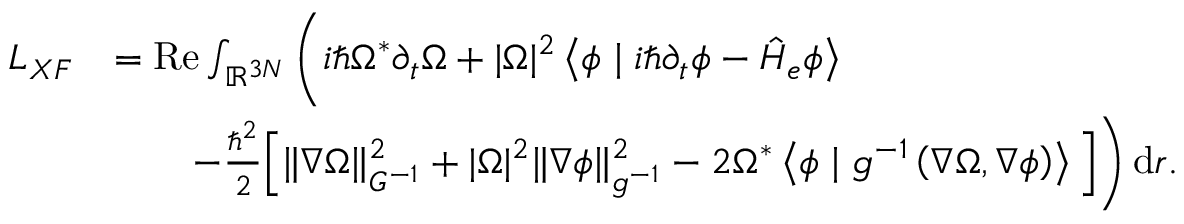
\begin{array} { r l } { L _ { X F } } & { = \operatorname { R e } \int _ { \ensuremath { \mathbb { R } } ^ { 3 N } } \Bigg ( i \hbar \Omega ^ { * } \partial _ { t } \Omega + | \Omega | ^ { 2 } \left\langle \phi \mid i \hbar \partial _ { t } \phi - \hat { H } _ { e } \phi \right\rangle } \\ & { \qquad - \frac { \hbar ^ { 2 } } { 2 } \Big [ \| \nabla \Omega \| _ { G ^ { - 1 } } ^ { 2 } + | \Omega | ^ { 2 } \| \nabla \phi \| _ { g ^ { - 1 } } ^ { 2 } - 2 \Omega ^ { * } \left\langle \phi \mid g ^ { - 1 } \left( \nabla \Omega , \nabla \phi \right) \right\rangle \Big ] \Bigg ) \, \mathrm { d } r . } \end{array}